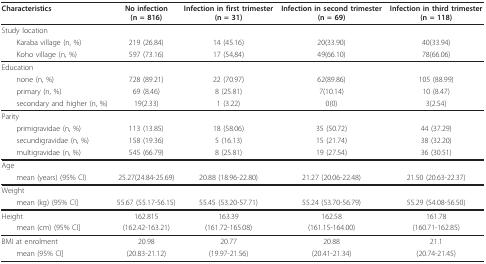
<table><thead><tr><td><b>Characteristics</b></td><td><b>No infection(n = 816)</b></td><td><b>Infection in first trimester(n = 31)</b></td><td><b>Infection in second trimester(n = 69)</b></td><td><b>Infection in third trimester(n = 118)</b></td></tr></thead><tbody><tr><td>Study location</td><td></td><td></td><td></td><td></td></tr><tr><td> Karaba village (n, %)</td><td>219 (26.84)</td><td>14 (45.16)</td><td>20(33.90)</td><td>40(33.94)</td></tr><tr><td> Koho village (n, %)</td><td>597 (73.16)</td><td>17 (54,84)</td><td>49(66.10)</td><td>78(66.06)</td></tr><tr><td>Education</td><td></td><td></td><td></td><td></td></tr><tr><td> none (n, %)</td><td>728 (89.21)</td><td>22 (70.97)</td><td>62(89.86)</td><td>105 (88.99)</td></tr><tr><td> primary (n, %)</td><td>69 (8.46)</td><td>8 (25.81)</td><td>7(10.14)</td><td>10 (8.47)</td></tr><tr><td> secondary and higher (n, %)</td><td>19(2.33)</td><td>1 (3.22)</td><td>0(0)</td><td>3(2.54)</td></tr><tr><td>Parity</td><td></td><td></td><td></td><td></td></tr><tr><td> primigravidae (n, %)</td><td>113 (13.85)</td><td>18 (58.06)</td><td>35 (50.72)</td><td>44 (37.29)</td></tr><tr><td> secundigravidae (n, %)</td><td>158 (19.36)</td><td>5 (16.13)</td><td>15 (21.74)</td><td>38 (32.20)</td></tr><tr><td> multigravidae (n, %)</td><td>545 (66.79)</td><td>8 (25.81)</td><td>19 (27.54)</td><td>36 (30.51)</td></tr><tr><td>Age</td><td></td><td></td><td></td><td></td></tr><tr><td> mean (years) (95% CI)</td><td>25.27(24.84-25.69)</td><td>20.88 (18.96-22.80)</td><td>21.27 (20.06-22.48)</td><td>21.50 (20.63-22.37)</td></tr><tr><td>Weight</td><td></td><td></td><td></td><td></td></tr><tr><td> mean (kg) (95% CI]</td><td>55.67 (55.17-56.15)</td><td>55.45 (53.20-57.71)</td><td>55.24 (53.70-56.79)</td><td>55.29 (54.08-56.50)</td></tr><tr><td>Height</td><td>162.815</td><td>163.39</td><td>162.58</td><td>161.78</td></tr><tr><td> mean (cm) (95% CI]</td><td>(162.42-163.21)</td><td>(161.72-165.08)</td><td>(161.15-164.00)</td><td>(160.71-162.85)</td></tr><tr><td>BMI at enrolment</td><td>20.98</td><td>20.77</td><td>20.88</td><td>21.1</td></tr><tr><td> mean (95% CI]</td><td>(20.83-21.12)</td><td>(19.97-21.56)</td><td>(20.41-21.34)</td><td>(20.74-21.45)</td></tr></tbody></table>